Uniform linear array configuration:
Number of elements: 64
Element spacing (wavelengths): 0.75
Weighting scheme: kaiser
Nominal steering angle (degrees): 0
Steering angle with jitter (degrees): -0.2
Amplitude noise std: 0.05
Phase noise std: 0.05

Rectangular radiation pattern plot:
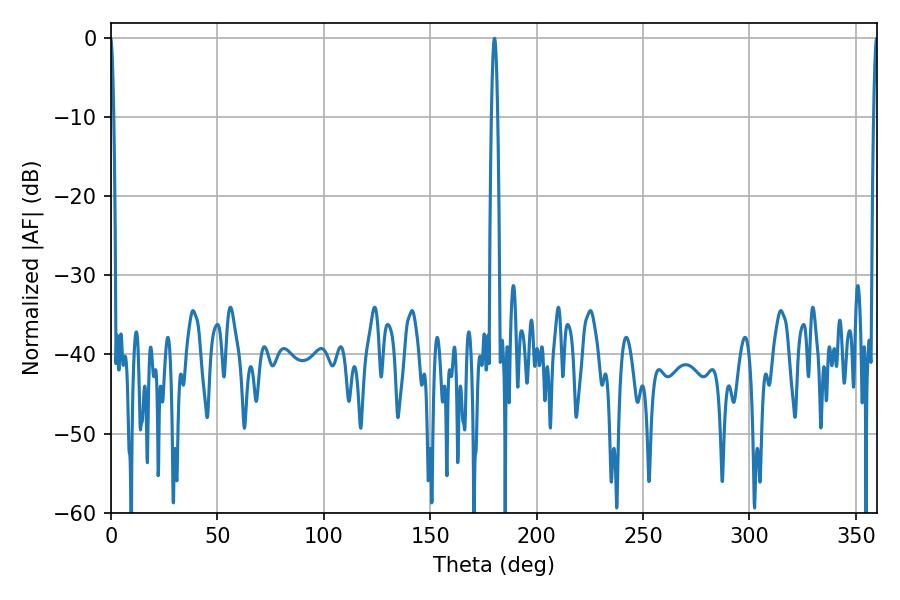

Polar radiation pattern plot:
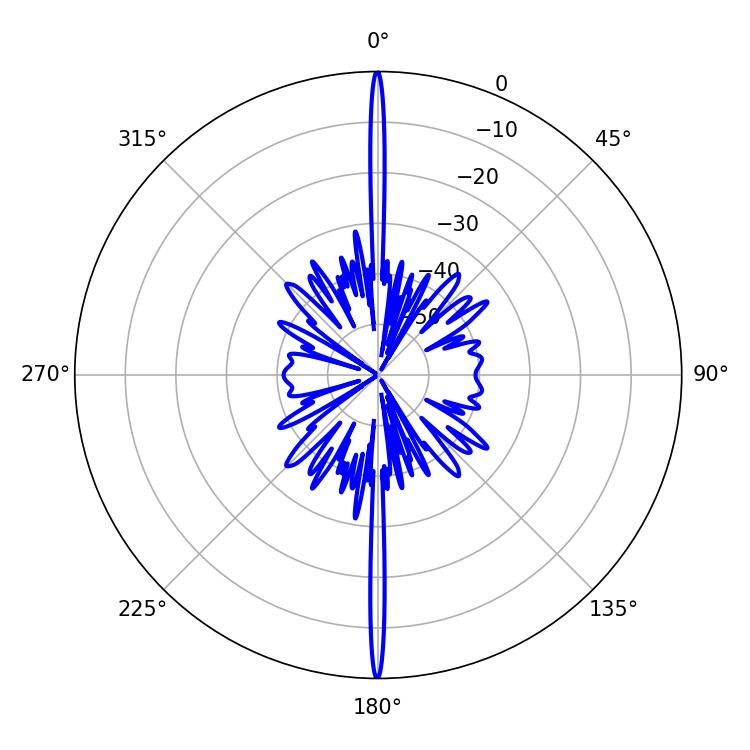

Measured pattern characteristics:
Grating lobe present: TRUE
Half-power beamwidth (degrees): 1.44
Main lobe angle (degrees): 180.18